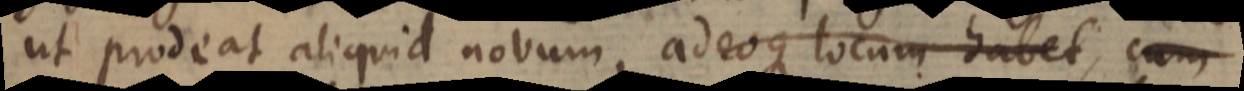
ut prodeat aliquid novum, adeoque locum habet, cum